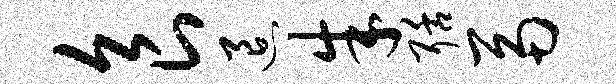
食退朱聒鬲